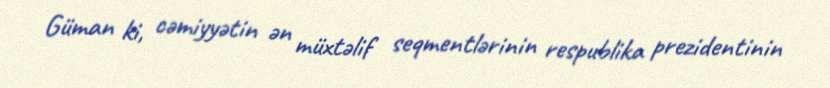
Güman ki, cəmiyyətin ən müxtəlif seqmentlərinin respublika prezidentinin